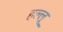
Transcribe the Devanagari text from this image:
हल्लू